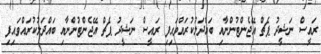
ރައީސް ނަޝީދު ޕެޗް އޭޖެންޓުންނާއި ބައްދަލުކުރައްވައިފި ރައީސް ނަޝީދު ޕެޗް އޭޖެންޓުންނާއި ބައްދަލުކުރައްވައިފި